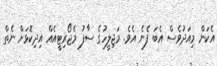
އެކަން މިއަދުވެސް އެބަ ފެނެ އެވެ. މަޖިލީހުގެ ސާފު މެޖޯރިޓީއެއް އިދިކޮޅަށް ނެތް